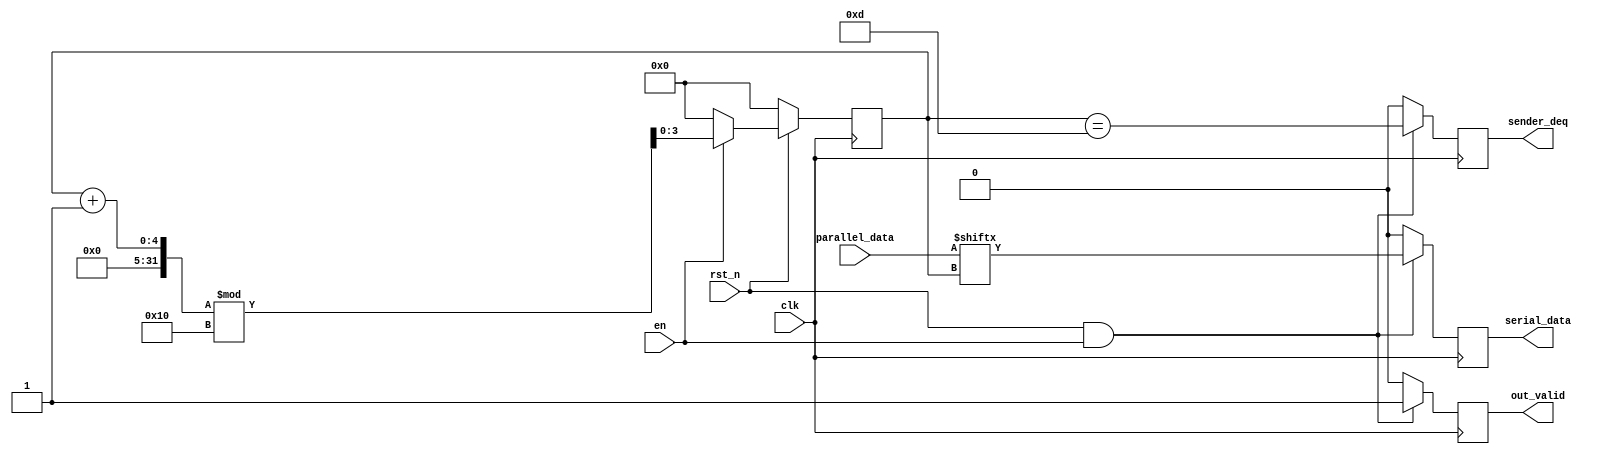
/* Serializer module. */

module serializer
#(
    parameter FETCH_WIDTH = 16
)
(
    input clk,
    input rst_n,
    input en,
    input [FETCH_WIDTH-1:0] parallel_data,
    output reg sender_deq,
    output reg serial_data,
    output reg out_valid
);

    localparam COUNTER_WIDTH = $clog2(FETCH_WIDTH);
    reg [COUNTER_WIDTH-1:0] select_r;
    
    always @(posedge clk) begin
        if (rst_n) begin
            if (en) begin
                select_r <= (select_r + 1) % FETCH_WIDTH;
            end
            else begin
                select_r <= 0;
            end
        end
        else begin
            select_r <= 0;
        end
    end

    always @(posedge clk) begin
        if (rst_n && en) begin
            serial_data <= parallel_data[select_r];
            out_valid <= 1;
        end
        else begin
            serial_data <= 0;
            out_valid <= 0;
        end
    end

    always @(posedge clk) begin
        if (rst_n && en) begin
            // Need to trigger the sender dequeue signal on the third to last cycle since
            // there is a two-cycle read delay. This ensures that we have no gaps between
            // serial data packets.
            sender_deq <= (select_r == FETCH_WIDTH - 3);
        end
        else begin
            sender_deq <= 0;
        end
    end
endmodule